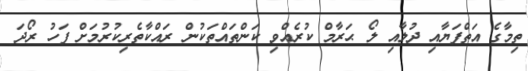
ތިމާގެ އަތްފަޔާއި ދުލާއި ލޯ ޙަރާމް ކުރެއްވި ކަންތައްތަކުން ރައްކާތެރިކުރުމަށް ފަހު ރޯދަ